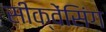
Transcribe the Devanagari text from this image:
सीक्वेंसिंग